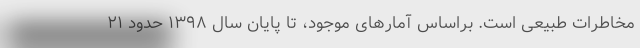
مخاطرات طبیعی است. براساس آمارهای موجود، تا پایان سال ۱۳۹۸ حدود ۲۱